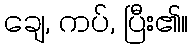
ချေ, ကပ်, ပြီး၏။